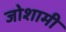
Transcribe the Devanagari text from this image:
जोशामी